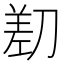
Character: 𱐡